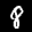
Label: 8